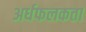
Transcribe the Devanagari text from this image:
अर्धफलकता